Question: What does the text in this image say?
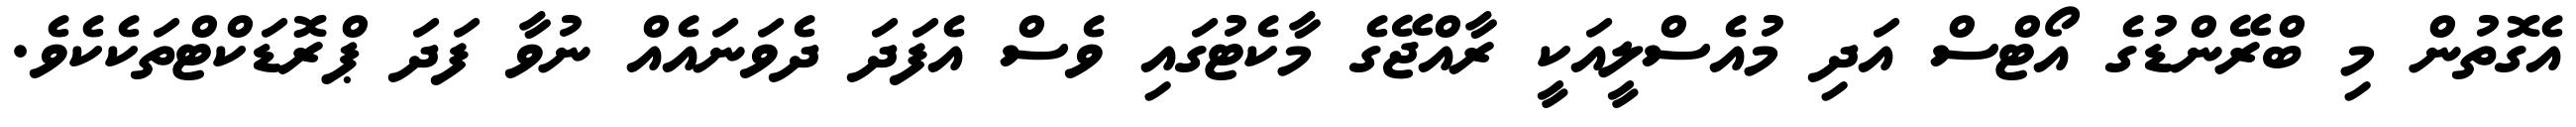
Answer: އެގޮތުން މި ބްރޭންޑުގެ އޯޓްސް އަދި މުއެސްލީއަކީ ރާއްޖޭގެ މާކެޓުގައި ވެސް އެފަދަ ދެވަނައެއް ނުވާ ފަދަ ޕްރޮޑަކްޓްތަކެކެވެ.